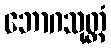
ဘောဂသုတ္တံ